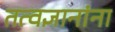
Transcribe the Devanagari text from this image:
तत्वज्ञानांना